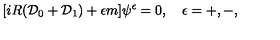
[ i R ( { \cal D } _ { 0 } + { \cal D } _ { 1 } ) + \epsilon m ] \psi ^ { \epsilon } = 0 , \quad \epsilon = + , - ,